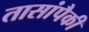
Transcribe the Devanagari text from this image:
तासांपैकी